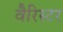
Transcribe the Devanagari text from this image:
वैरिस्टर